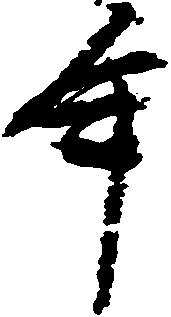
年